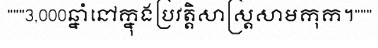
"""3,000ឆ្នាំនៅក្នុងប្រវត្តិសាស្ត្រសាមកុក។"""